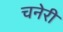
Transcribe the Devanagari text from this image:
चनेरी